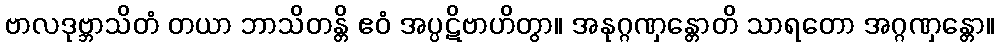
ဗာလဒုဗ္ဘာသိတံ တယာ ဘာသိတန္တိ ဧဝံ အပ္ပဋိဗာဟိတွာ။ အနုဂ္ဂဏှန္တောတိ သာရတော အဂ္ဂဏှန္တော။